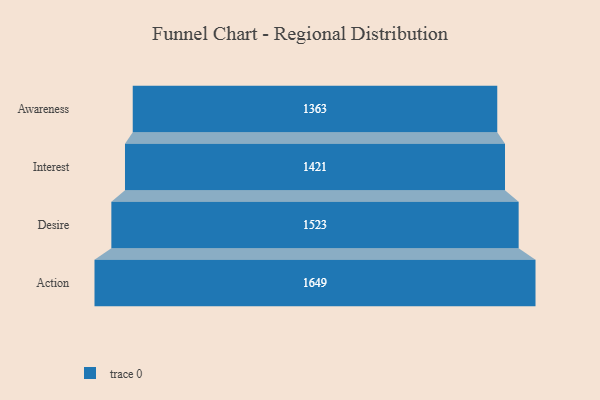
{"axis": {"x": "Stage", "y": "Value"}, "legend": [""], "data": [{"x": "Awareness", "y": 1363.0, "type": ""}, {"x": "Interest", "y": 1421.0, "type": ""}, {"x": "Desire", "y": 1523.0, "type": ""}, {"x": "Action", "y": 1649.0, "type": ""}]}